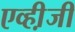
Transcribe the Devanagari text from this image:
एव्ही़जी